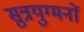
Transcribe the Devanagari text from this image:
सुत्रयुग्मनों